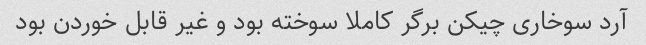
آرد سوخاری چیکن برگر کاملا سوخته بود و غیر قابل خوردن بود